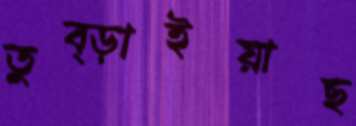
তুব্‌ড়াইয়াছ